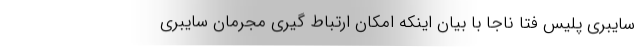
سایبری پلیس فتا ناجا با بیان اینکه امکان ارتباط گیری مجرمان سایبری